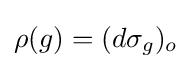
\rho (g)=(d\sigma _{g})_{o}